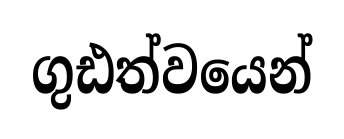
ගුඪත්වයෙන්